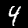
Digit: 4